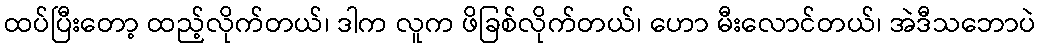
ထပ်ပြီးတော့ ထည့်လိုက်တယ်၊ ဒါက လူက ဖိခြစ်လိုက်တယ်၊ ဟော မီးလောင်တယ်၊ အဲဒီသဘောပဲ